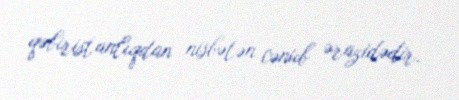
qəbiristanlıqdan nisbətən cənub ərazidədir.